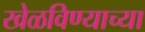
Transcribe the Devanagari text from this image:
खेळविण्याच्या